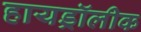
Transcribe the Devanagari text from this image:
हायड्रॉलीक